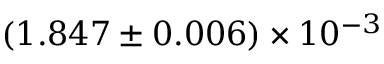
( 1 . 8 4 7 \pm 0 . 0 0 6 ) \times 1 0 ^ { - 3 }